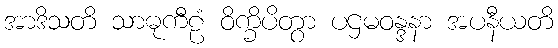
အာဒိသတိ သာဓုကီဠံ ဝိက္ခိပိတွာ ပဌမဝန္ဒနာ အပနီယတိ